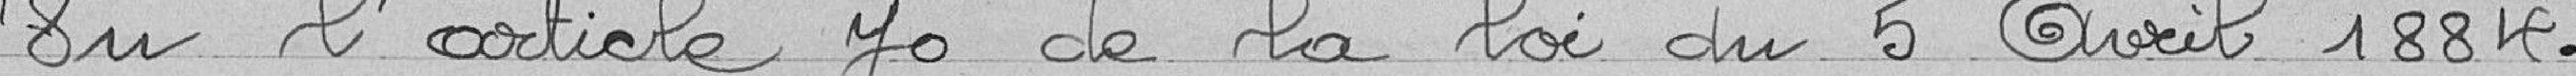
en l'article 70 de la loi du 5 avril 1884.